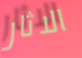
الاثار